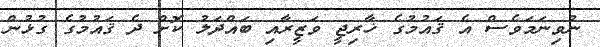
ނުވިނަމަވެސް އެ ޤައުމުގެ ޚާރިޖީ ވަޒީރާއި ބައްދަލު ކޮށް ދެ ޤައުމުގެ ގުޅުން